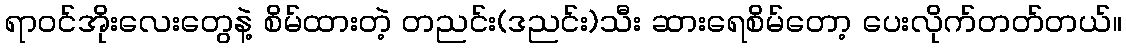
ရာဝင်အိုးလေးတွေနဲ့ စိမ်ထားတဲ့ တညင်း(ဒညင်း)သီး ဆားရေစိမ်တော့ ပေးလိုက်တတ်တယ်။